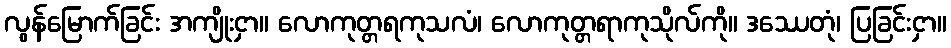
လွန်မြောက်ခြင်း အကျိုးငှာ။ လောကုတ္တရကုသလံ၊ လောကုတ္တရာကုသိုလ်ကို။ ဒဿေတုံ၊ ပြခြင်းငှာ။